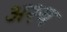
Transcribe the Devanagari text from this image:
अश्य